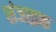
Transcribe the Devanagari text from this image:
संजाइक